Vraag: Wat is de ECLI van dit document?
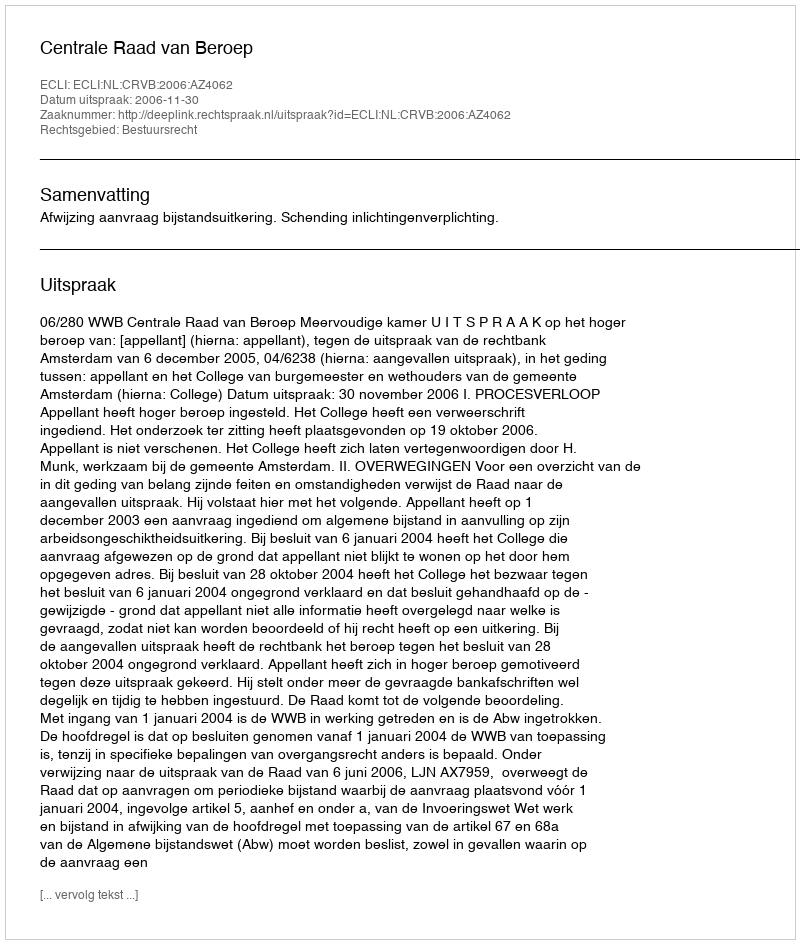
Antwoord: ECLI:NL:CRVB:2006:AZ4062